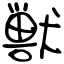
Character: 獣